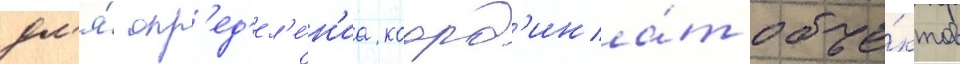
дл'я́ опр'ед'ел'е́н'иа коорд'ина́т объе́ктов